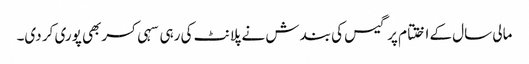
مالی سال کے اختتام پر گیس کی بندش نے پلانٹ کی رہی سہی کسربھی پوری کر دی۔